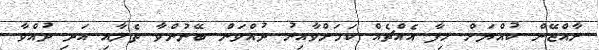
ރާއްޖޭން ކުއްޔަށް ހިފާ އެއްޗެއް ކަމަށްވާއިރު ދުއްވަން ބޭނުންވާ ތެލާއި އަދި ދުއްވާ